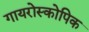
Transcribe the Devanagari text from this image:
गायरोस्कोपिक